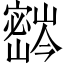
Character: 𫴚